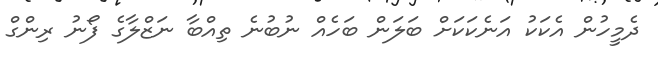
ދެމީހުން އެކަކު އަނެކަކަށް ބަލަން ބަހެއް ނުބުނެ ތިއްބާ ނަޒްލާގެ ފޯނު ރިންގް